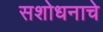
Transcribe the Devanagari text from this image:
सशोधनाचे